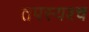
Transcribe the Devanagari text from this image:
तपस्यश्च